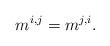
LaTeX: \begin{align*}m^{i,j}=m^{j,i}.\end{align*}